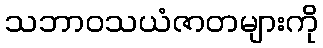
သဘာဝသယံဇာတများကို